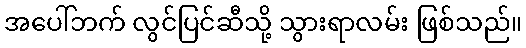
အပေါ်ဘက် လွင်ပြင်ဆီသို့ သွားရာလမ်း ဖြစ်သည်။